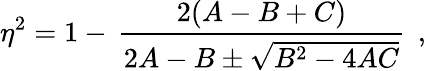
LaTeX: \eta^{2}=1-\, \frac{2(A-B+C)}{2A-B\pm\sqrt{B^{2}-4AC}}\, \; ,